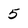
Character: 5